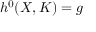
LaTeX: h ^ { 0 } ( X , K ) = g